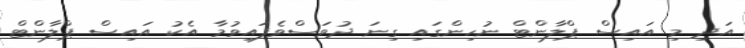
އަދި މި އައިސް ޕްލާންޓް ނުހިންގައި ގިނަ ދުވަސްވެފައިވުމާ އެކު އައިސް ޕްލާންޓް